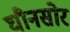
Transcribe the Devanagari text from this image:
घौनसोर